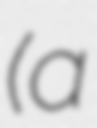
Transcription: (a